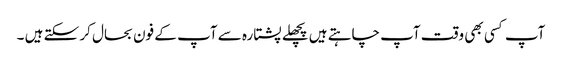
آپ کسی بھی وقت آپ چاہتے ہیں پچھلے پشتارہ سے آپ کے فون بحال کر سکتے ہیں ۔